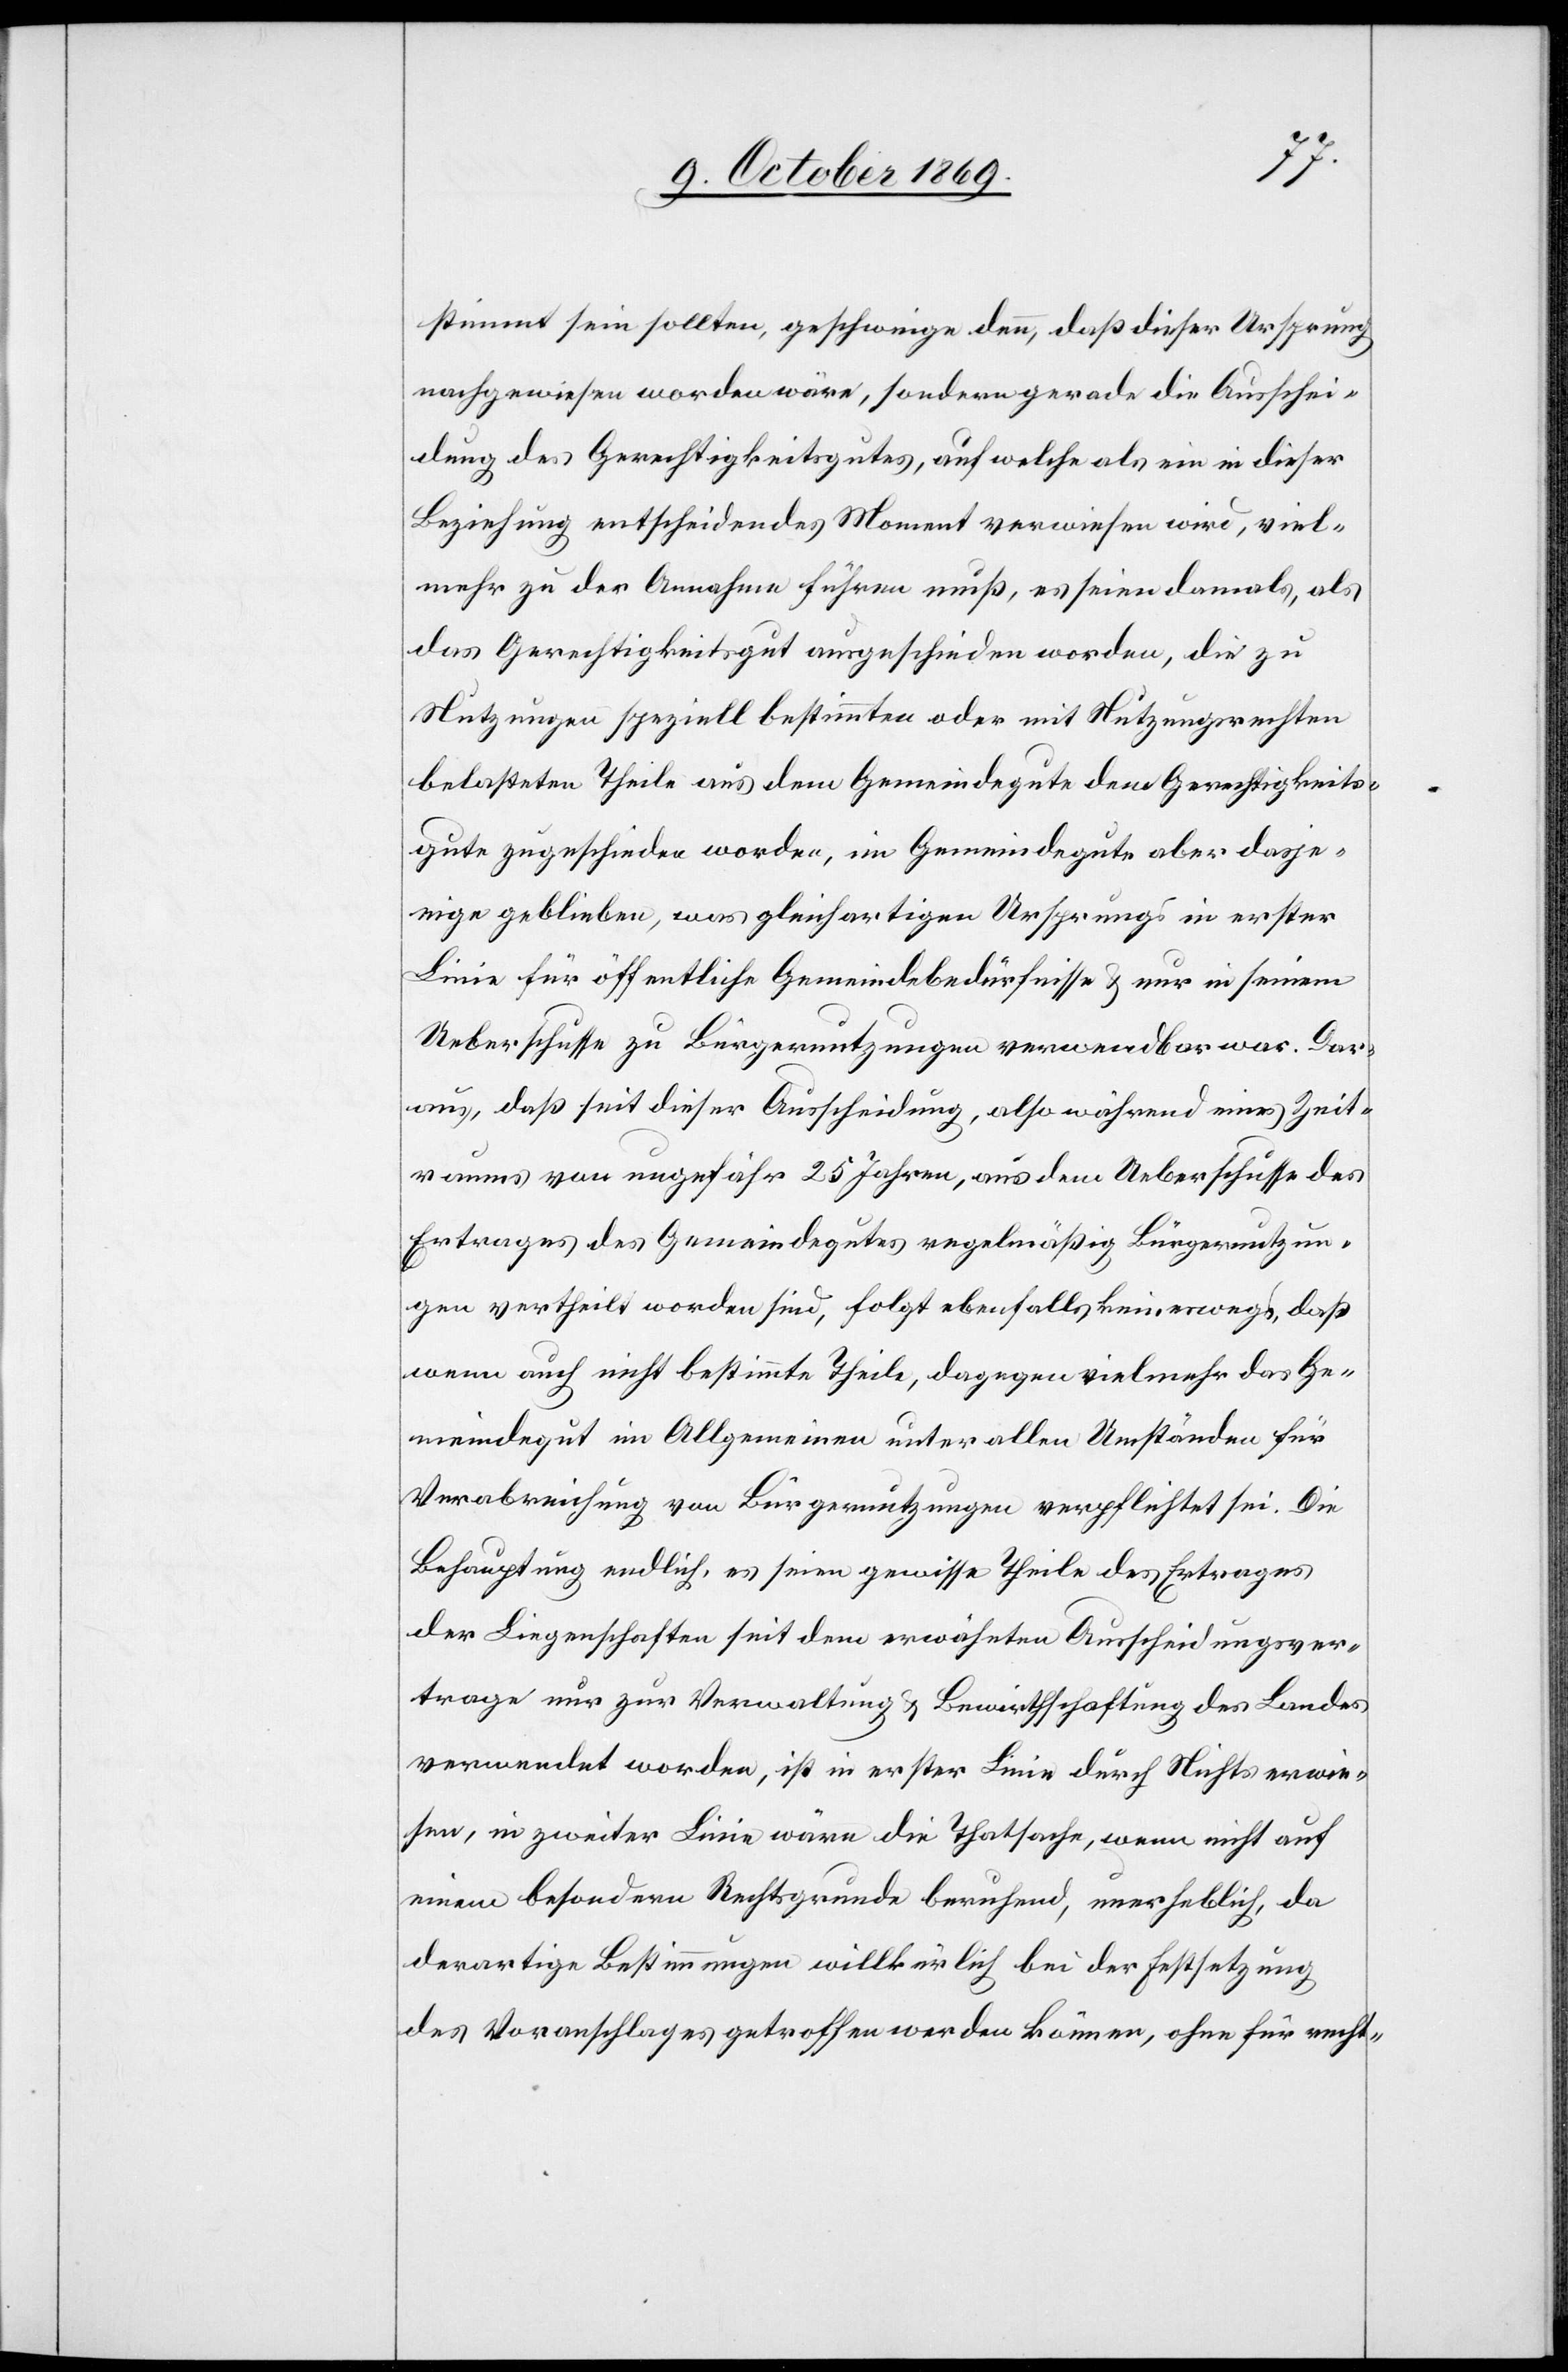
stimmt sein sollten, geschweige denn, daß dieser Ursprung
nachgewiesen worden wäre, sondern gerade die Ausschei¬
dung des Gerechtigkeitsgutes, auf welche als ein in dieser
Beziehung entscheidendes Moment verwiesen wird, viel¬
mehr zu der Annahme führen muß, es seien damals, als
das Gerechtigkeitsgut ausgeschieden worden, die zu
Nutzungen speziell bestimmten oder mit Nutzungsrechten
belasteten Theile aus dem Gemeindegute dem Gerechtigkeits¬
gute zugeschieden worden, im Gemeindegute aber dasje¬
nige geblieben, was gleichartigen Ursprungs in erster
Linie für öffentliche Gemeindebedürfnisse & nur in seinem
Ueberschusse zu Bürgernutzungen verwendbar war. Dar¬
aus, daß seit dieser Ausscheidung, also während eines Zeit¬
raums von ungefähr 25 Jahren, aus dem Ueberschusse des
Ertrages des Gemeindegutes regelmäßig Bürgernutzun¬
gen vertheilt worden sind, folgt ebenfalls keineswegs, daß
wenn auch nicht bestimmte Theile, dagegen vielmehr das Ge¬
meindegut im Allgemeinen unter allen Umständen für
Verabreichung von Bürgernutzungen verpflichtet sei. Die
Behauptung endlich, es seien gewisse Theile des Ertrages
der Liegenschaften seit dem erwähnten Ausscheidungsver¬
trage nur zur Verwaltung & Bewirthschaftung des Landes
verwendet worden, ist in erster Linie durch Nichts erwie¬
sen, in zweiter Linie wäre die Thatsache, wenn nicht auf
einem besondern Rechtsgrunde beruhend, unerheblich, da
derartige Bestimmungen willkürlich bei der Festsetzung
des Voranschlages getroffen werden können, ohne für recht-